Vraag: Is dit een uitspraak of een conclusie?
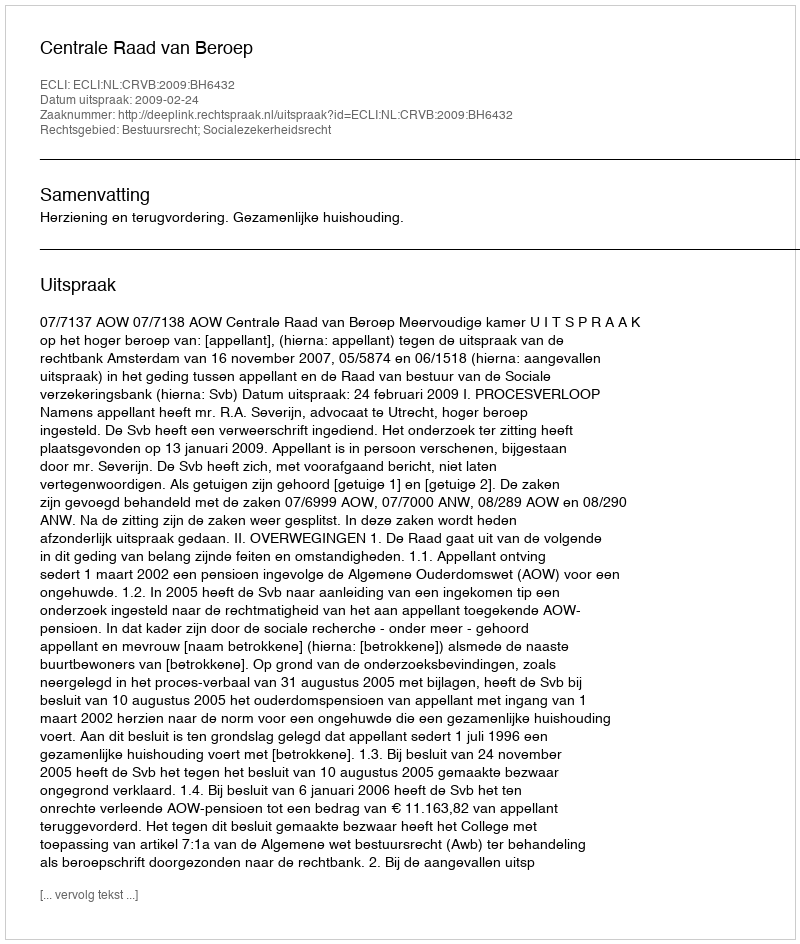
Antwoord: Uitspraak